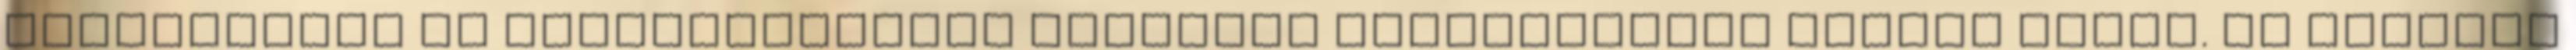
felruházott és legaktuálisabb oktatási technikákban jártas tanár. Az oktatás